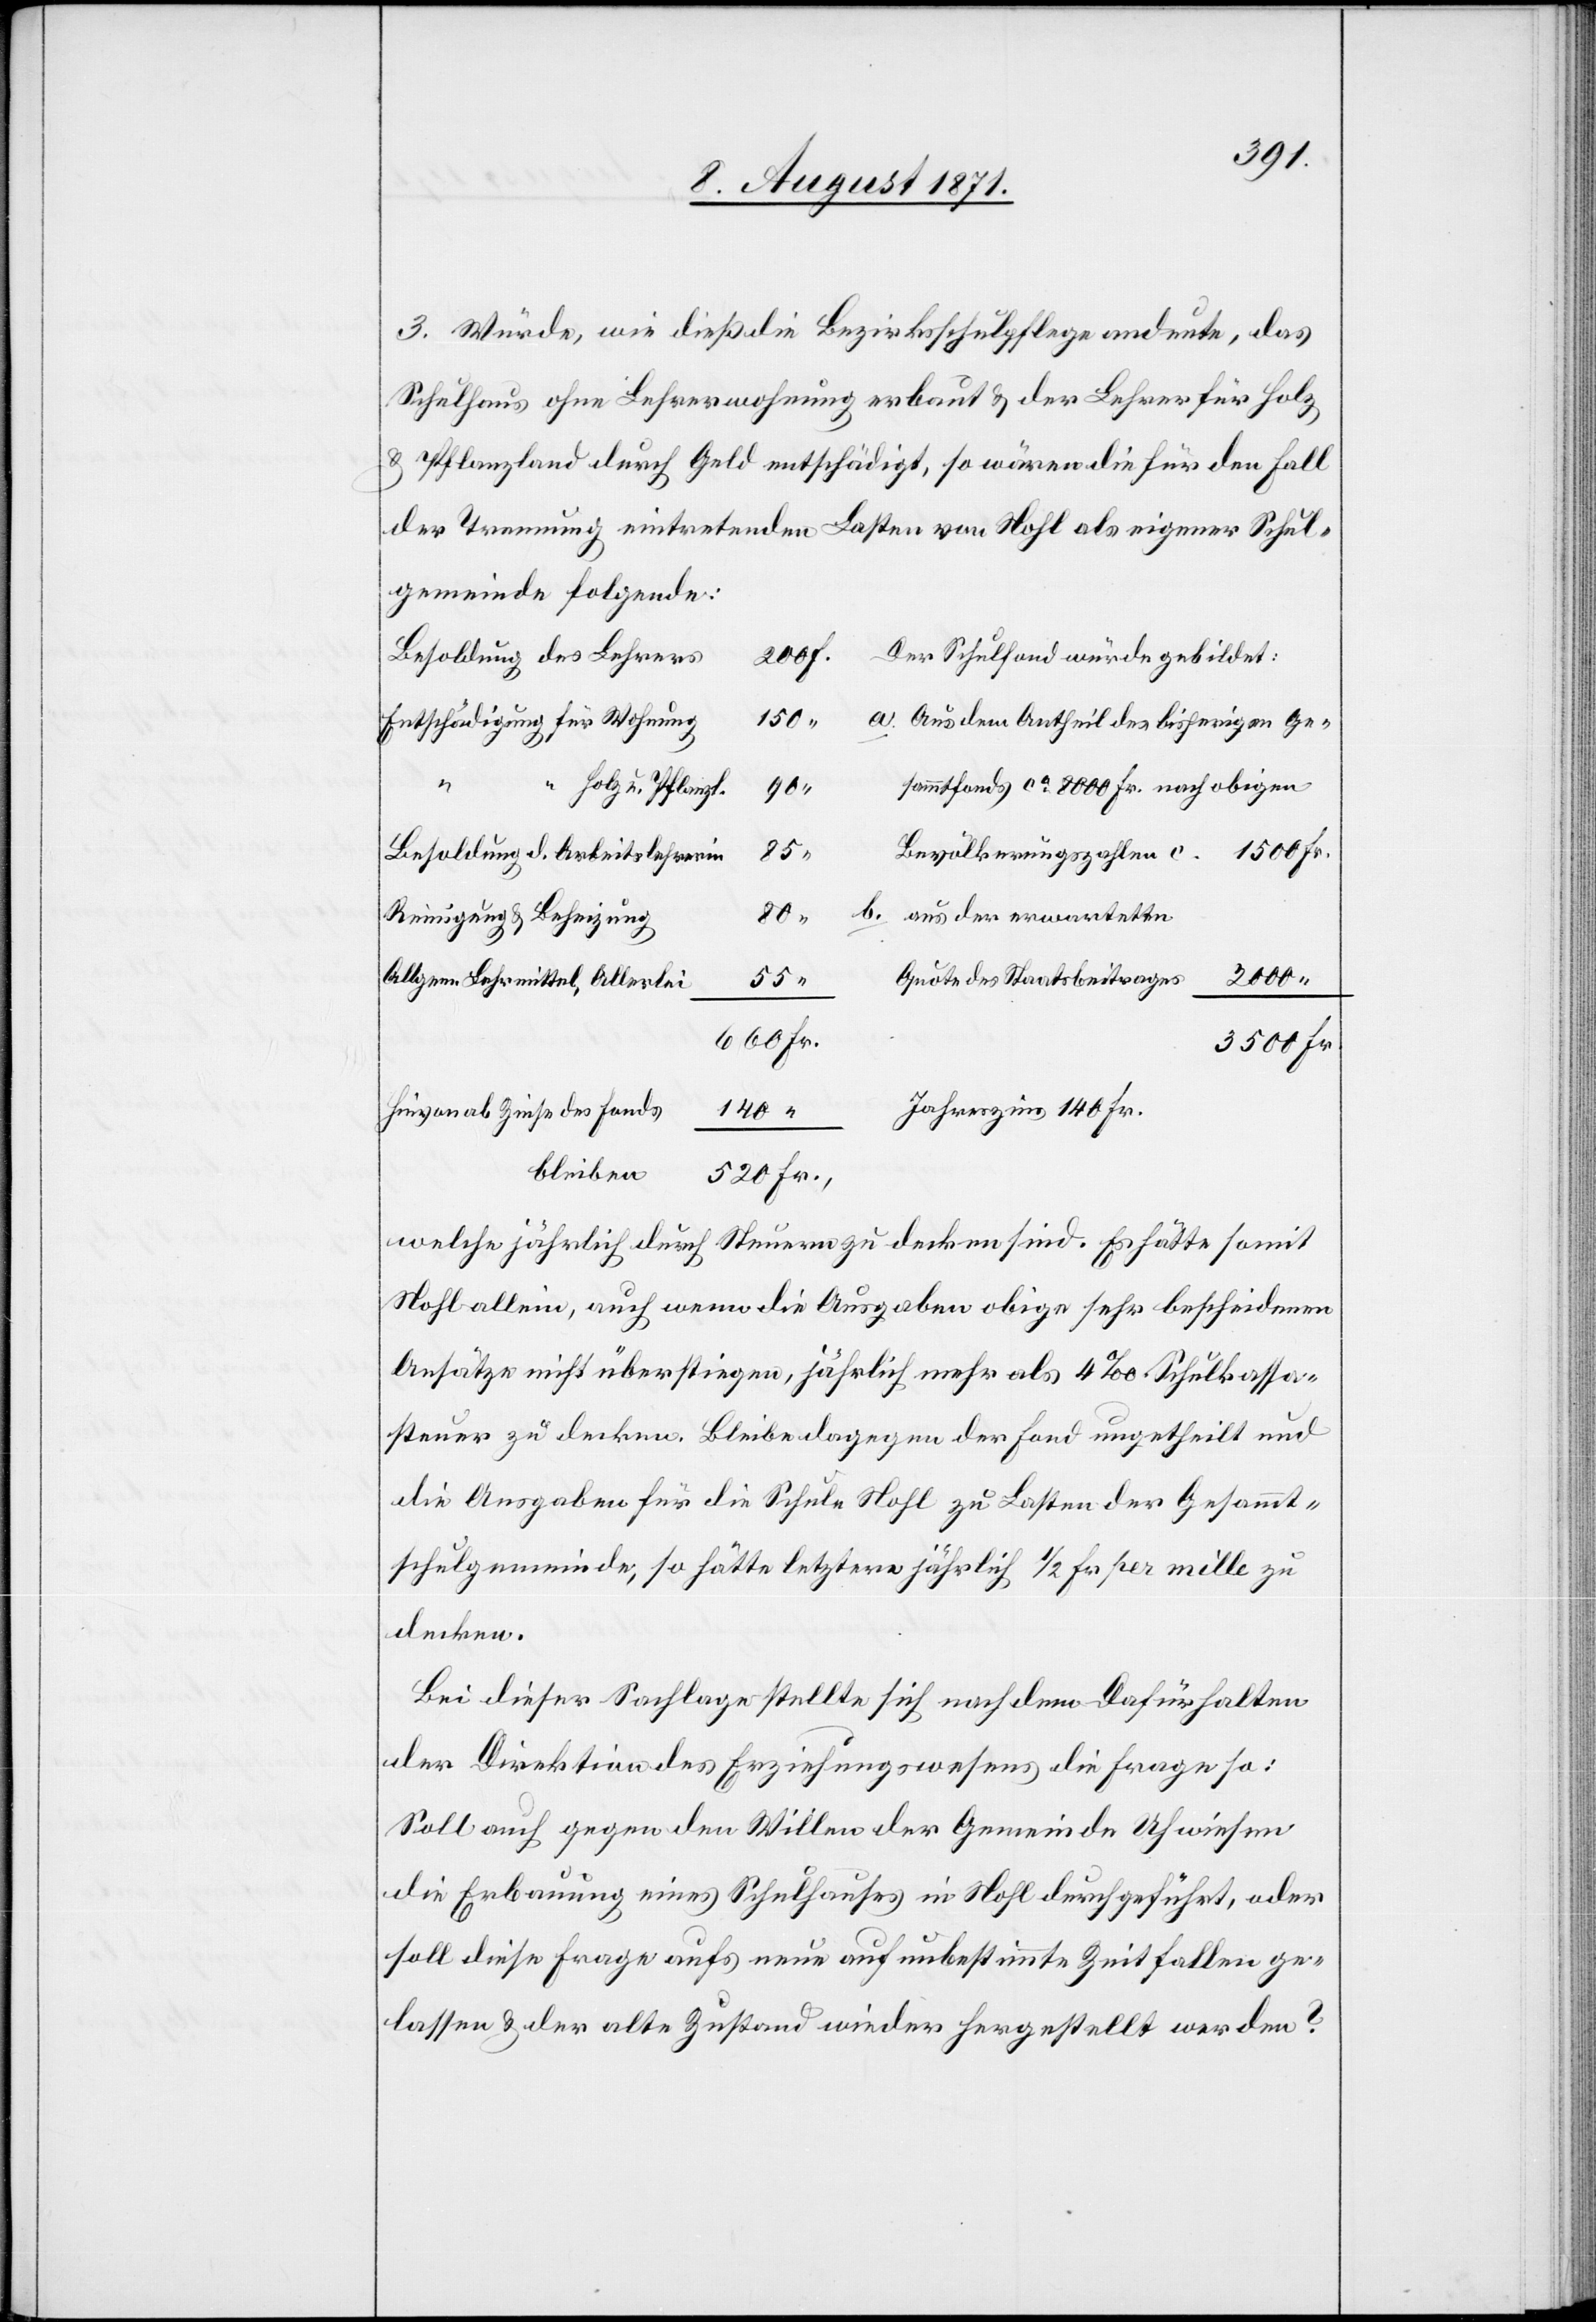
3. Würde, wie dieß die Bezirksschulpflege andeute, das
Schulhaus ohne Lehrerwohnung erbaut & der Lehrer für Holz
& Pflanzland durch Geld entschädigt, so wären die für den Fall
der Trennung eintretenden Lasten von Nohl als eigener Schul¬
gemeinde folgende:
Besoldung des Lehrers
Der Schulfond würde gebildet:
150
a. Aus dem Antheil des bisherigen Ge¬
Entschädigung für Wohnung
sammtfonds ca. 8000 Fr. auf obigen
Holz u. Pflanz.
90
85
Bevölkerungszahlen c.
Besoldung d. Arbeitslehrerin
1500 Fr.
b. aus der erwarteten
Reinigung & Beheizung
Allgem. Lehrmittel, Allerlei
Quote des Staatsbeitrages
55
3500 Fr.
Hievon ab Zinse des Fonds
Jahreszins 140 Fr.
140
Fr.,
bleiben
“
welche jährlich durch Steuern zu decken sind. Es hätte somit
Nohl allein, auch wenn die Ausgaben obige sehr bescheidenen
Ansätze nicht überstiegen, jährlich mehr als 4‰ Schulkassa¬
steuer zu decken. Bleibe dagegen der Fond ungetheilt und
die Ausgabe für die Schule Nohl zu Lasten der Gesammt¬
schulgemeinde, so hätte letztere jährlich ½ Fr. per mille zu
decken.
Bei dieser Sachlage stellte sich nach dem Dafürhalten
der Direktion des Erziehungswesens die Frage so:
Soll auch gegen den Willen der Gemeinde Uhwiesen
die Erbauung eines Schulhauses in Nohl durchgeführt, oder
soll diese Frage aufs neue auf unbestimmte Zeit fallen ge¬
lassen & der alte Zustand wieder hergestellt werden?